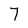
Character: 7